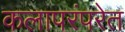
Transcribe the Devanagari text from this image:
कलापरंपरेत